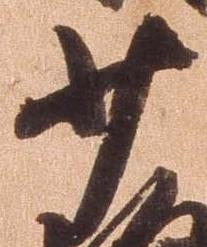
少